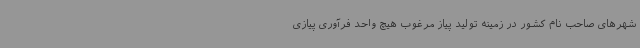
شهرهای صاحب نام کشور در زمینه تولید پیاز مرغوب هیچ واحد فرآوری پیازی